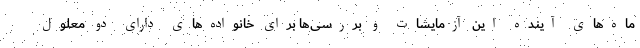
ماه‌های آینده این آزمایشات و بررسی‌ها برای خانواده‌های دارای دو معلول